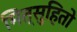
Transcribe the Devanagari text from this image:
मित्सुहितो